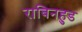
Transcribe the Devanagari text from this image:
राबिनहुड